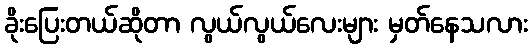
ခိုးပြေးတယ်ဆိုတာ လွယ်လွယ်လေးများ မှတ်နေသလား